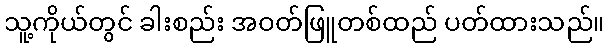
သူ့ကိုယ်တွင် ခါးစည်း အဝတ်ဖြူတစ်ထည် ပတ်ထားသည်။